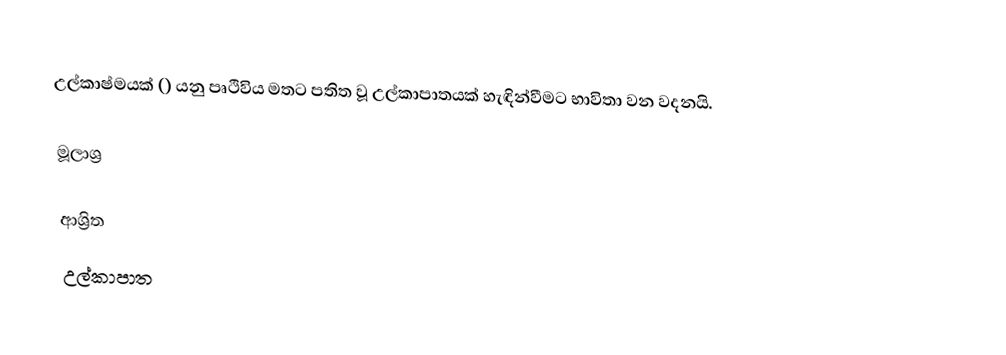
උල්කාෂ්මයක් () යනු පෘථිවිය මතට පතිත වූ උල්කාපාතයක් හැඳින්වීමට භාවිතා වන වදනයි.

මූලාශ්‍ර

ආශ්‍රිත
 උල්කාපාත